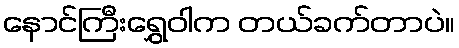
နောင်ကြီးရွှေဝါက တယ်ခက်တာပဲ။